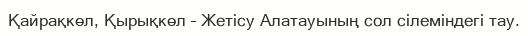
Қайрақкөл, Қырықкөл – Жетісу Алатауының сол сілеміндегі тау.